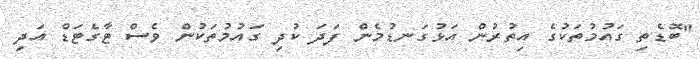
"ބޮޑެތި ގައުމުތަކުގެ އިތުރުން އަޅުގަނޑުމެން ފަދަ ކުދި ގައުމުތަކުން ވެސް ޓާގެޓަޑް އަދި